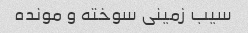
سیب زمینی سوخته و مونده